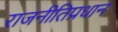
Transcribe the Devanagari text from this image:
राजनीतिप्रधान